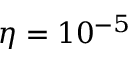
\eta = 1 0 ^ { - 5 }